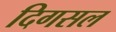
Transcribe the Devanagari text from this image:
दिगसल